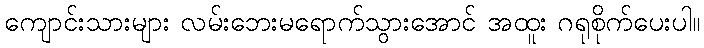
ကျောင်းသားများ လမ်းဘေးမရောက်သွားအောင် အထူး ဂရုစိုက်ပေးပါ။